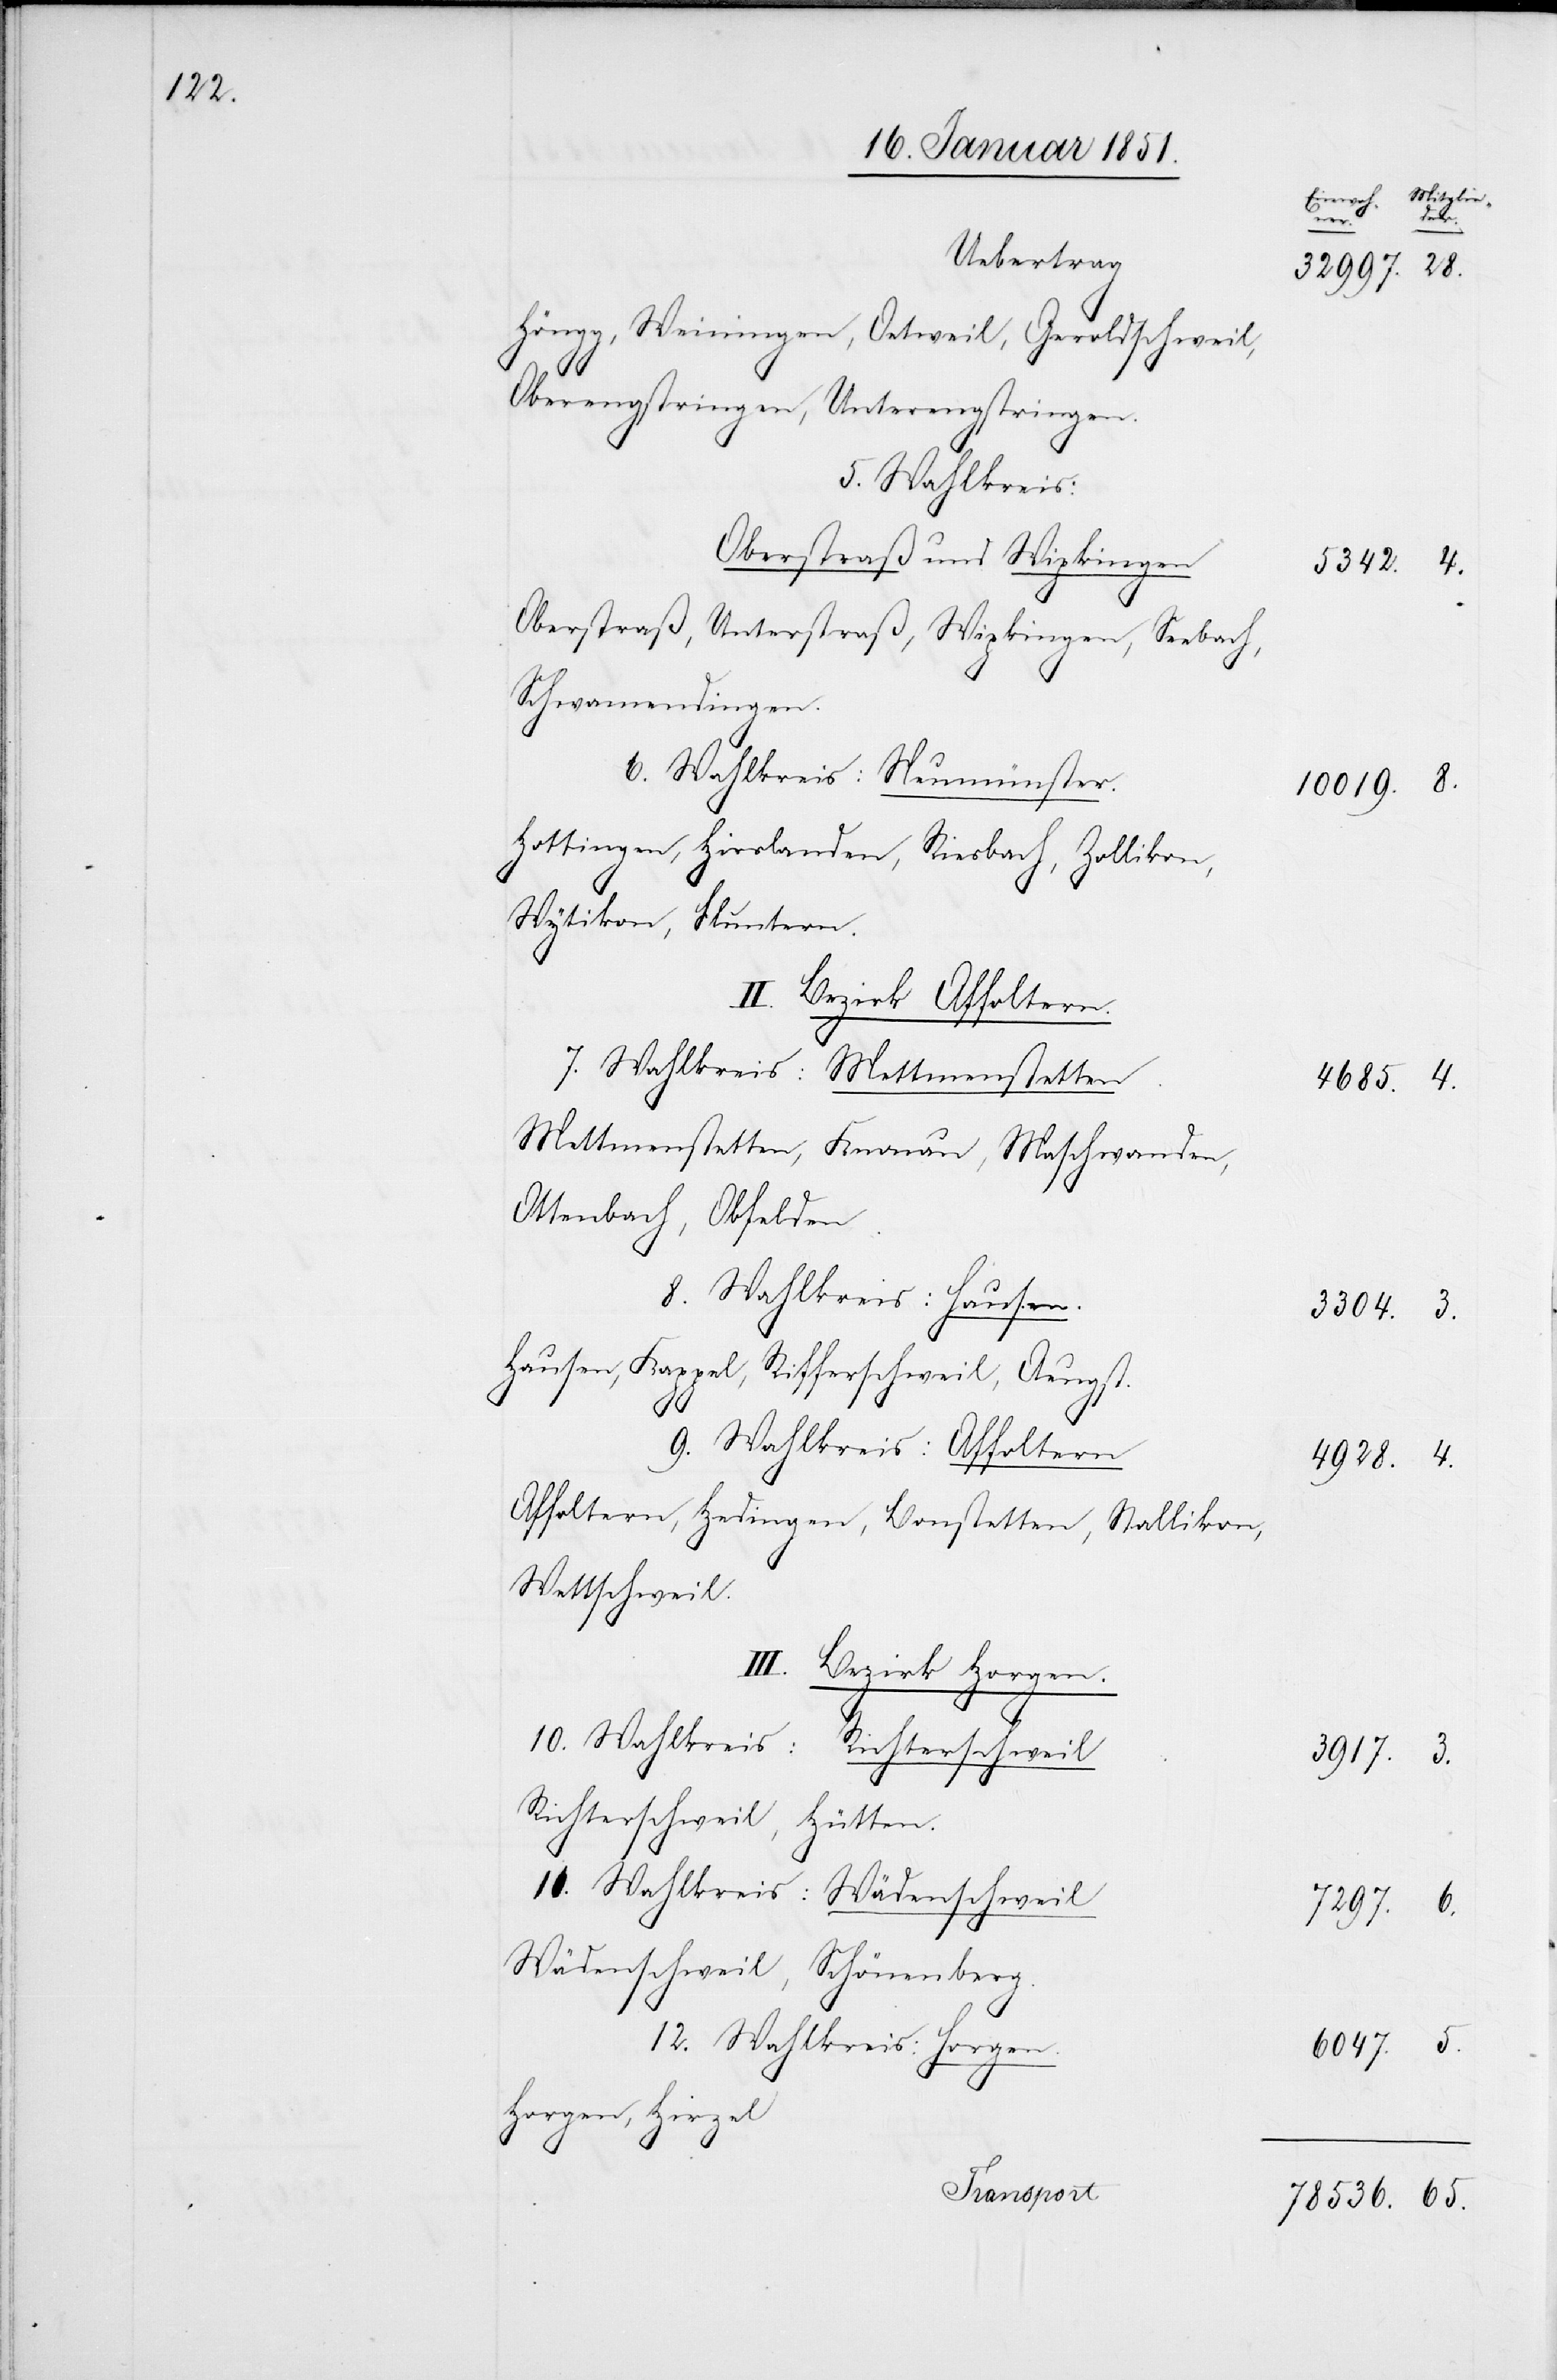
I¬
Uebertrag
Höngg, Weiningen, Oetweil, Geroldschweil,
Oberengstringen, Unterengstringen.
5. Wahlkreis:
Oberstraß und Wipkingen
Oberstraß, Unterstraß, Wipkingen, Seebach,
Schwamendingen.
6. Wahlkreis: Neumünster.
Hottingen, Hirslanden, Riesbach, Zollikon,
Wytikon, Fluntern.
II. Bezirk Affoltern.
7. Wahlkreis: Mettmenstetten.
Mettmenstetten, Knonau, Maschwanden,
Ottenbach, Obfelden.
8. Wahlkreis: Hausen.
Hausen, Kappel, Rifferschweil, Aeugst.
5.
9. Wahlkreis: Affoltern
Affoltern, Hedingen, Bonstetten, Stallikon,
Wettschweil.
II. Bezirk Horgen.
10. Wahlkreis: Richterschweil.
Richterschweil, Hütten.
11. Wahlkreis: Wädenschweil
Wädenschweil, Schönenberg.
12. Wahlkreis: Horgen.
Horgen, Hirzel
65.
Transport.

3304.
10019.
6047.